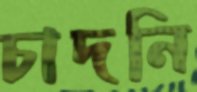
চাদনি